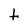
Character: t